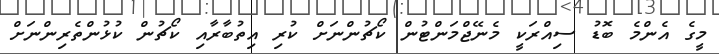
މީގެ އެންމެ ބޮޑު ސިއްރަކީ މެނޭޖްމަންޓުން ކޯޗުންނަށް ކުރި އިތުބާރާއި ކޯޗުން ކުޅުންތެރިންނަށް